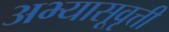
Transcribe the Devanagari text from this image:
अभ्यासूवृत्ती